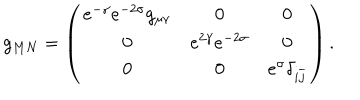
g _ { M N } = \left( \begin{matrix} { { e ^ { - \gamma } e ^ { - 2 \sigma } g _ { \mu \nu } } } & { { 0 } } & { { 0 } } \\ { { 0 } } & { { e ^ { 2 \gamma } e ^ { - 2 \sigma } } } & { { 0 } } \\ { { 0 } } & { { 0 } } & { { e ^ { \sigma } \delta _ { i \overline { { j } } } } } \\ \end{matrix} \right) .